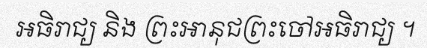
អធិរាជ្យ និង ព្រះអានុជព្រះចៅអធិរាជ្យ ។